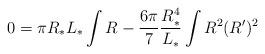
LaTeX: \begin{align*}0 = \pi R_* L_* \int R - \frac{6\pi}{7} \frac{R_*^4}{L_*} \int R^2(R')^2\end{align*}